Calcutta medical institutions reports 1892-1900
Year: 1892
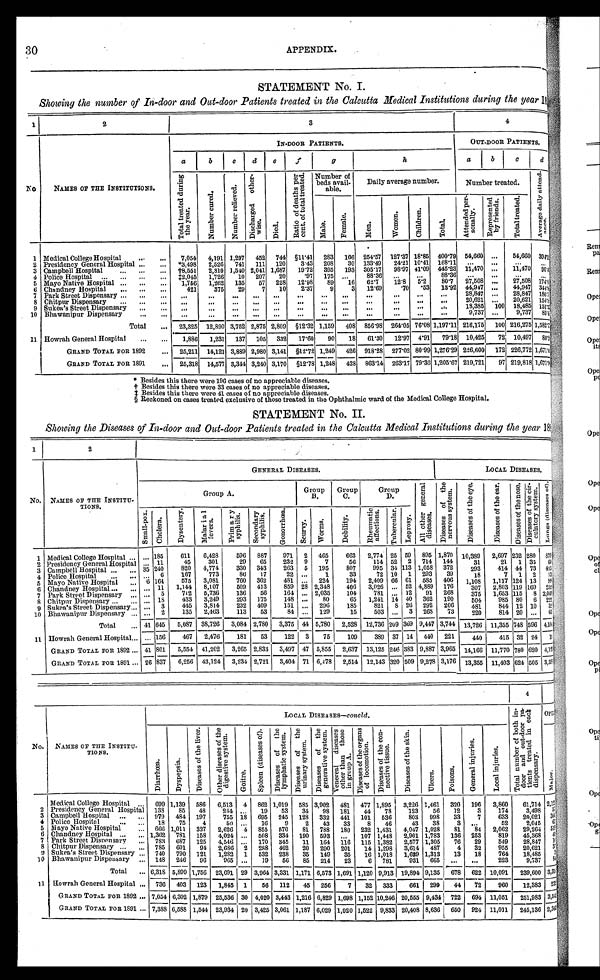
30
APPENDIX.
STATEMENT No. I.
Showing the number of In-door and Out-door Patients treated in the Calcutta Medical Institutions during the year 18
1
2
3
4
IN-DOOR PATIENTS.
OUT-DOOR PATIENTS.
a
b
c
d e
f
g
h
a
b
c d
NO.
NAMES OF THE INSTITUTIONS.
T o t a l t r e a t e d d u r i n g t h e y e a r .
N u m b e r C u r e d .
N u m b e r r e l i e v e d .
D i s c h a r g e d o t h e r w i s e
Died.
R a t i o o f d e a t h s p e r c e n t . o f t o t a l t r e a t e d .
Number of
beds avail-
able.
Daily average number.
Number treated.
A v e r a g e d a i l y a t t e n d a n c e .
Male.
F e m a l e .
Men.
Women.
C h i l d r e n .
T o t a l .
A t t e n d e d p e r s o n a l l y .
R e p r e s e n t e d b y f r i e n d s . T o t a l t r e a t e d .
1 Medical College Hospital
7,054 4,191 1,297 452 744 §11.41 283 166 254.57 127.37 18.85 400.79 54,660
54,660 39471
2 Presidency General Hospital
*3,498 2,526 741 111 120
3.43 208 30 133.49 24.21 10.41 168.11
3 Campbell Hospital
†8,551 2,810 1,540 2,041 1,687 19.72 395 193 305.17 98.97 41.09 445.23 11,470
11,470 90.4
4 Police Hospital
‡2,045 1,726 10 207 20
.97 175
88.36
88.36
5 Mayo Native Hospital
1,756 1,262 135 57 228 12.98 89 16 62. 12.8 5.2 80.7 27,508
27,508 174.
6 Chandney Hospital
421
375 29
7 10 2.37
9
3 12.69
.70 53 13.92 44,947
44,947 344.
7 Park Street Dispensary
28,847
28,847 186.7
8 Chitpur Dispensary
20,621
20,621 154.8
9 Sukea's Street Dispensary
18,385 100 18,485 151.3
10 Bhawanipur Dispensary
9,737
9,737 85.4
Total
23,325 12,890 3,752 2,875 2,809 §12.32 1,159 408 856.98 264.05 76.08 1,197.11 216,175 100 216,275 1,582
11 Howrah General Hospital
1,886 1,231 137 105 332 17.60 90 18 61.30 12.97 4.91 79.18 10,425 72 10,497 88
GRAND TOTAL FOR 1892
25,211 14,121 3,889 2,980 3,141 §12.72 1,249 426 918.28 277.02 80.99 1,276.29 226,600 172 226,772 1,671
GRAND TOTAL FOR 1891
25,318 14,577 3,344 3,240 3,170 §12.78 1,248 428 863.14 263.17 79.36 1,205.67 219,721 97 219,818 1,671
* Besides this there were 196 cases of no appreciable diseases.
†Besides this there were 33 cases of no appreciable diseases.
†Besides this there were 41 cases of no appreciable diseases.
§ Reckoned on cases treated exclusive of those treated in the Ophthalmic ward of the Medical College Hospital.
STATEMENT No. II.
Showing the Diseases of In-door and Out-door Patients treated in the Calcutta Medical Institutions during the year 18 1 2
No. NAMES OF THE INSTITU-
TIONS.
GENERAL DISEASES.
LOCAL DISEASES.
Group A.
Group
B.
Group
C.
Group
D.
A l l o t h e r g e n e r a l d i s e a s e s . D i s e a e s o f t h e n e r v o u s s y s t e m .
D i s e a s e s o f t h e e y e .
D i s e a s e s o f t h e e a r . D i e s e a s e s o f t h e n o s e . D i s e a s e s o f t h e c i r c u l a t o r y s y s t e m .
L u n g s ( d i s e a s e s o f ) .
S m a l l - p o x C h o l e r a . D y s e n t e r y .
M a l a r i a l f e v e r s .
P r i m a r y s y p h i l i s .
S e c o n d a r y s y p h i l i s . G o n o r r h œ a .
S c u r v y .
Worms.
D e b i l i t y .
R h e u m a t i c a f f e c t i o n s . T u b e r c u l a r . L e p r o s y .
1 Medical College Hospital
185
611 6,428
596 887
971 2 465
663 2,774 25 59 895 1,870 10,389 2,697 232 280
879
2 Presidency General Hospital
11
45
301
29 65
232 9
7
56
114 52 2 714 144
31
21 1 35 60
Campbell Hospital
35 240
820 4,774
330 343
263 5 195
807
995 34 113 1,058 372
293
414 44 73 435
4 Police Hospital
6
167
773
86 17
22
1
33
72 10 1 293 39
18
7 1 2 13
5 Mayo Native Hospital
6 164
575 3,081
760 362
481
224
194 2,409 66 61 585 406 1,108 1,117 124 13 99
6 Chandney Hospital
11 1,144 8,107
509 413
859 28 2,348
406 3,026
52 4,889 176
307 2,803 119 169 252
Park Street Dispensary
5
712 5,736
136 56
164
2,035
104
781
12 91 268 375
1,653 115 8 2,049
7
8 Chitpnr Dispensary
18
433 3,249
293 175
148
80
65 1,241
14 40 362 190
504
985 80 6 222
9 Sukea's Street Dispensary
3
445 3,814
232 409
151
296
185
821 8 26 292 206
481
844 12 10 32
10 Bhawanipur Dispensary
2
135 2,463
113 53
84
129
15
503
3 268 73
220
814 20
63
Total
41 645 5,087 38,726 3,084 2,780 3,375 44 5,780 2,528 12,736 209 369 9,447 3,744 13,726 11,355 748 596 4,104
11 Howrah General Hospital
156
467 2,476
181 53
122 I3 75
109
389 37 14 440 221
440
415 32 24 19
GRAND TOTAL FOR 1892 41 801 5,554 41,202 3,265 2,833 3,497 47 5,855 2,637 13,125 246
383
9,887 3,965 14,166 11,770 780 620 4,123
GRAND TOTAL FOR 1891
26 837 6,256 43,124 3,234 2,721 3,404 71 6,478 2,514 12,143 320 509 9,278 3,176 13,355 11,403 624 505 3,59
4
LOCAL DISEASES-concld.
T o t a l n u m b e r o f b o t h i n - d o o r p a t i e n t s t r e a t e d i n e a c h d i s p e n s a r y .
Oper
NO. NAMES OF THE INSTITU-
TIONS.
D i a r r h œ a .
D y s p e p s i a .
D i s e a s e s o f t h e l i v e r . O t h e r d i s e a s e s o f t h e d i g e s t i v e s y s t e m .
Goitre.
P l e e n ( d i e s e a s e s o f ) . D i s e a s e s o f t h e l y m p h a t i c s y s t e m . D i s e a s e s o f t h e u r i n a r y s y s t e m . D i s e a s e s o f t h e g e n e r a t i v e s y s t e m . V e n e r a l d i s e a s e s o t h e r t h a n t h o s e i n g r o u p A .
D i s e a s e s o f t h e o r g a n s o f l o c o m o t i o n . D i s e a s e s o f t h e c o n e c t i v e t i s s u e .
D i s e a s e s o f t h e s k i n .
U l c e r s .
P o i s o n s .
G e n e r a l i n j u r i e s .
L o c a l I n j u r i e s .
Major
Medical College Hospital
699 1,139 586 6,513 4 862 1,019 585 3,902 481 477 1,895 3,226 1,461 320 196 3,860 61,714 2,1
2 Presidency General Hospital 138 85 48
244
19 53 34 98 181 44 78
123 56 12
3
174
3,498 5
3 Campbell Hospital
979 484 197
755 18 695 245 128 332 441 101 536
803 998 33
7
633 20,021 366
4 Police Hospital
18 75
4
50
16
9
2 43 33
8 46
43 38
52
2,045
63
5 Mayo Native Hospital
666 1,011 327 2,626 4 855 670 81 788 180 232 1,431 4,047 1,028 81 84 2,062 29,264 519
6 Chandney Hospital
1,362 781 158 4,024
508 334 190 593
107 1,448 2,901 1,783 136 253
819 45,368 41
7 Park Street Dispensary
783 687 125 4,546
170 345 11 164 116 115 1,382 2,577 1,305 76 29
549
28,847
8 Chitpur Dispensary
785 601 94 2,686 '2 288 462 20 290 201 14 1,298 3,614 487
4 32
955 20,621
9 Sukea's Street Dispensary
740 790 121 1,282 1 532 238 35 149 35 16 1,0181,629 1,313 13 18
764 18,485
10 Bhawanipur Dispensary
148 246 96
965
19 56 85 214 23
6 781
931 665
223
9,737
Total
6,318 5,899 1,756 23,691 29 3,964 3,331 1,171 6,573 1,691 1,120 9,913 19,894 9,135 678 622 10,091 239,600 3,31
11 Howrah General Hospital
736
403 _
123 1,845 1 56 112 45 256
7 32 333
661 299 441 72
960
12,383 23
GRAND TOTAL FOR 1892
7,054 6,302 1,879 25,536 30 4,020 3,443 1,216 6,829 1,698 1,152 10,246 20,555 9,434 722 694 11,051 251,983 3,5
GRAND TOTAL FOR 1891
7,388 6,588 1,544 23,934 20 3,425 3,061 1,187 6,029 1,020 1,522 9,833 20,408 8,636 I 650 924 11,011 245,136 2,34